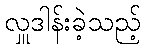
လှူဒါန်းခဲ့သည့်